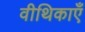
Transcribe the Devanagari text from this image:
वीथिकाएँ